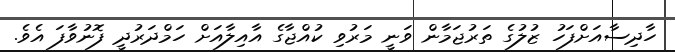
ހާދިސާއަށްފަހު ޒުލުގެ ތަރުޖަމާން ވަނީ މަރުވި ކުއްޖާގެ އާއިލާއަށް ހަމްދަރުދީ ފޮނުވާފަ އެވެ.